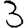
Digit: 3